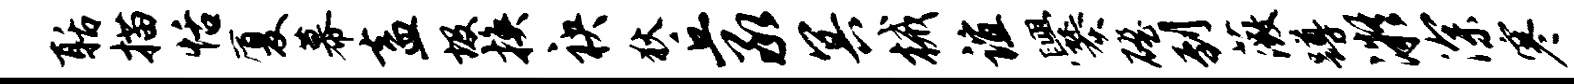
聒描恬厦幕盍圾换袂狄丘承冥械谊爨磴到薇蹲凝深寒